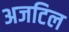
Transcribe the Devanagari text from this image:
अजटिल